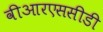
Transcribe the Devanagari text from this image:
वीआरएससीडी